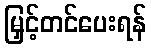
မြှင့်တင်ပေးရန်